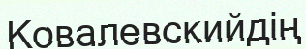
Ковалевскийдің